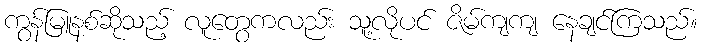
ကွန်မြူနစ်ဆိုသည့် လူတွေကလည်း သူ့လိုပင် ဇိမ်ကျကျ နေချင်ကြသည်။